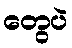
တွေပဲ